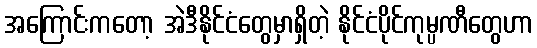
အကြောင်းကတော့ အဲဒီနိုင်ငံတွေမှာရှိတဲ့ နိုင်ငံပိုင်ကုမ္ပဏီတွေဟာ